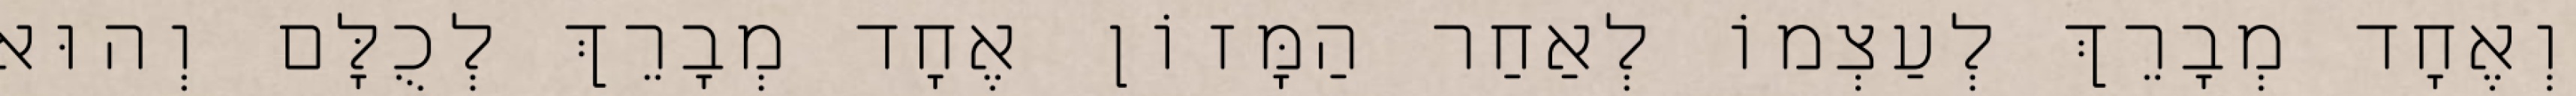
וְאֶחָד מְבָרֵךְ לְעַצְמוֹ לְאַחַר הַמָּזוֹן אֶחָד מְבָרֵךְ לְכֻלָּם וְהוּא